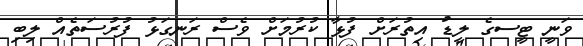
ވަނީ ޓީސގެ ލީޑު އިތުރަށް ފުޅާ ކުރުމަށް ވެސް ރަނގަޅު ފުރުސަތެއް ލިބި